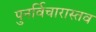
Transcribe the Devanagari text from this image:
पुनर्विचारास्तव